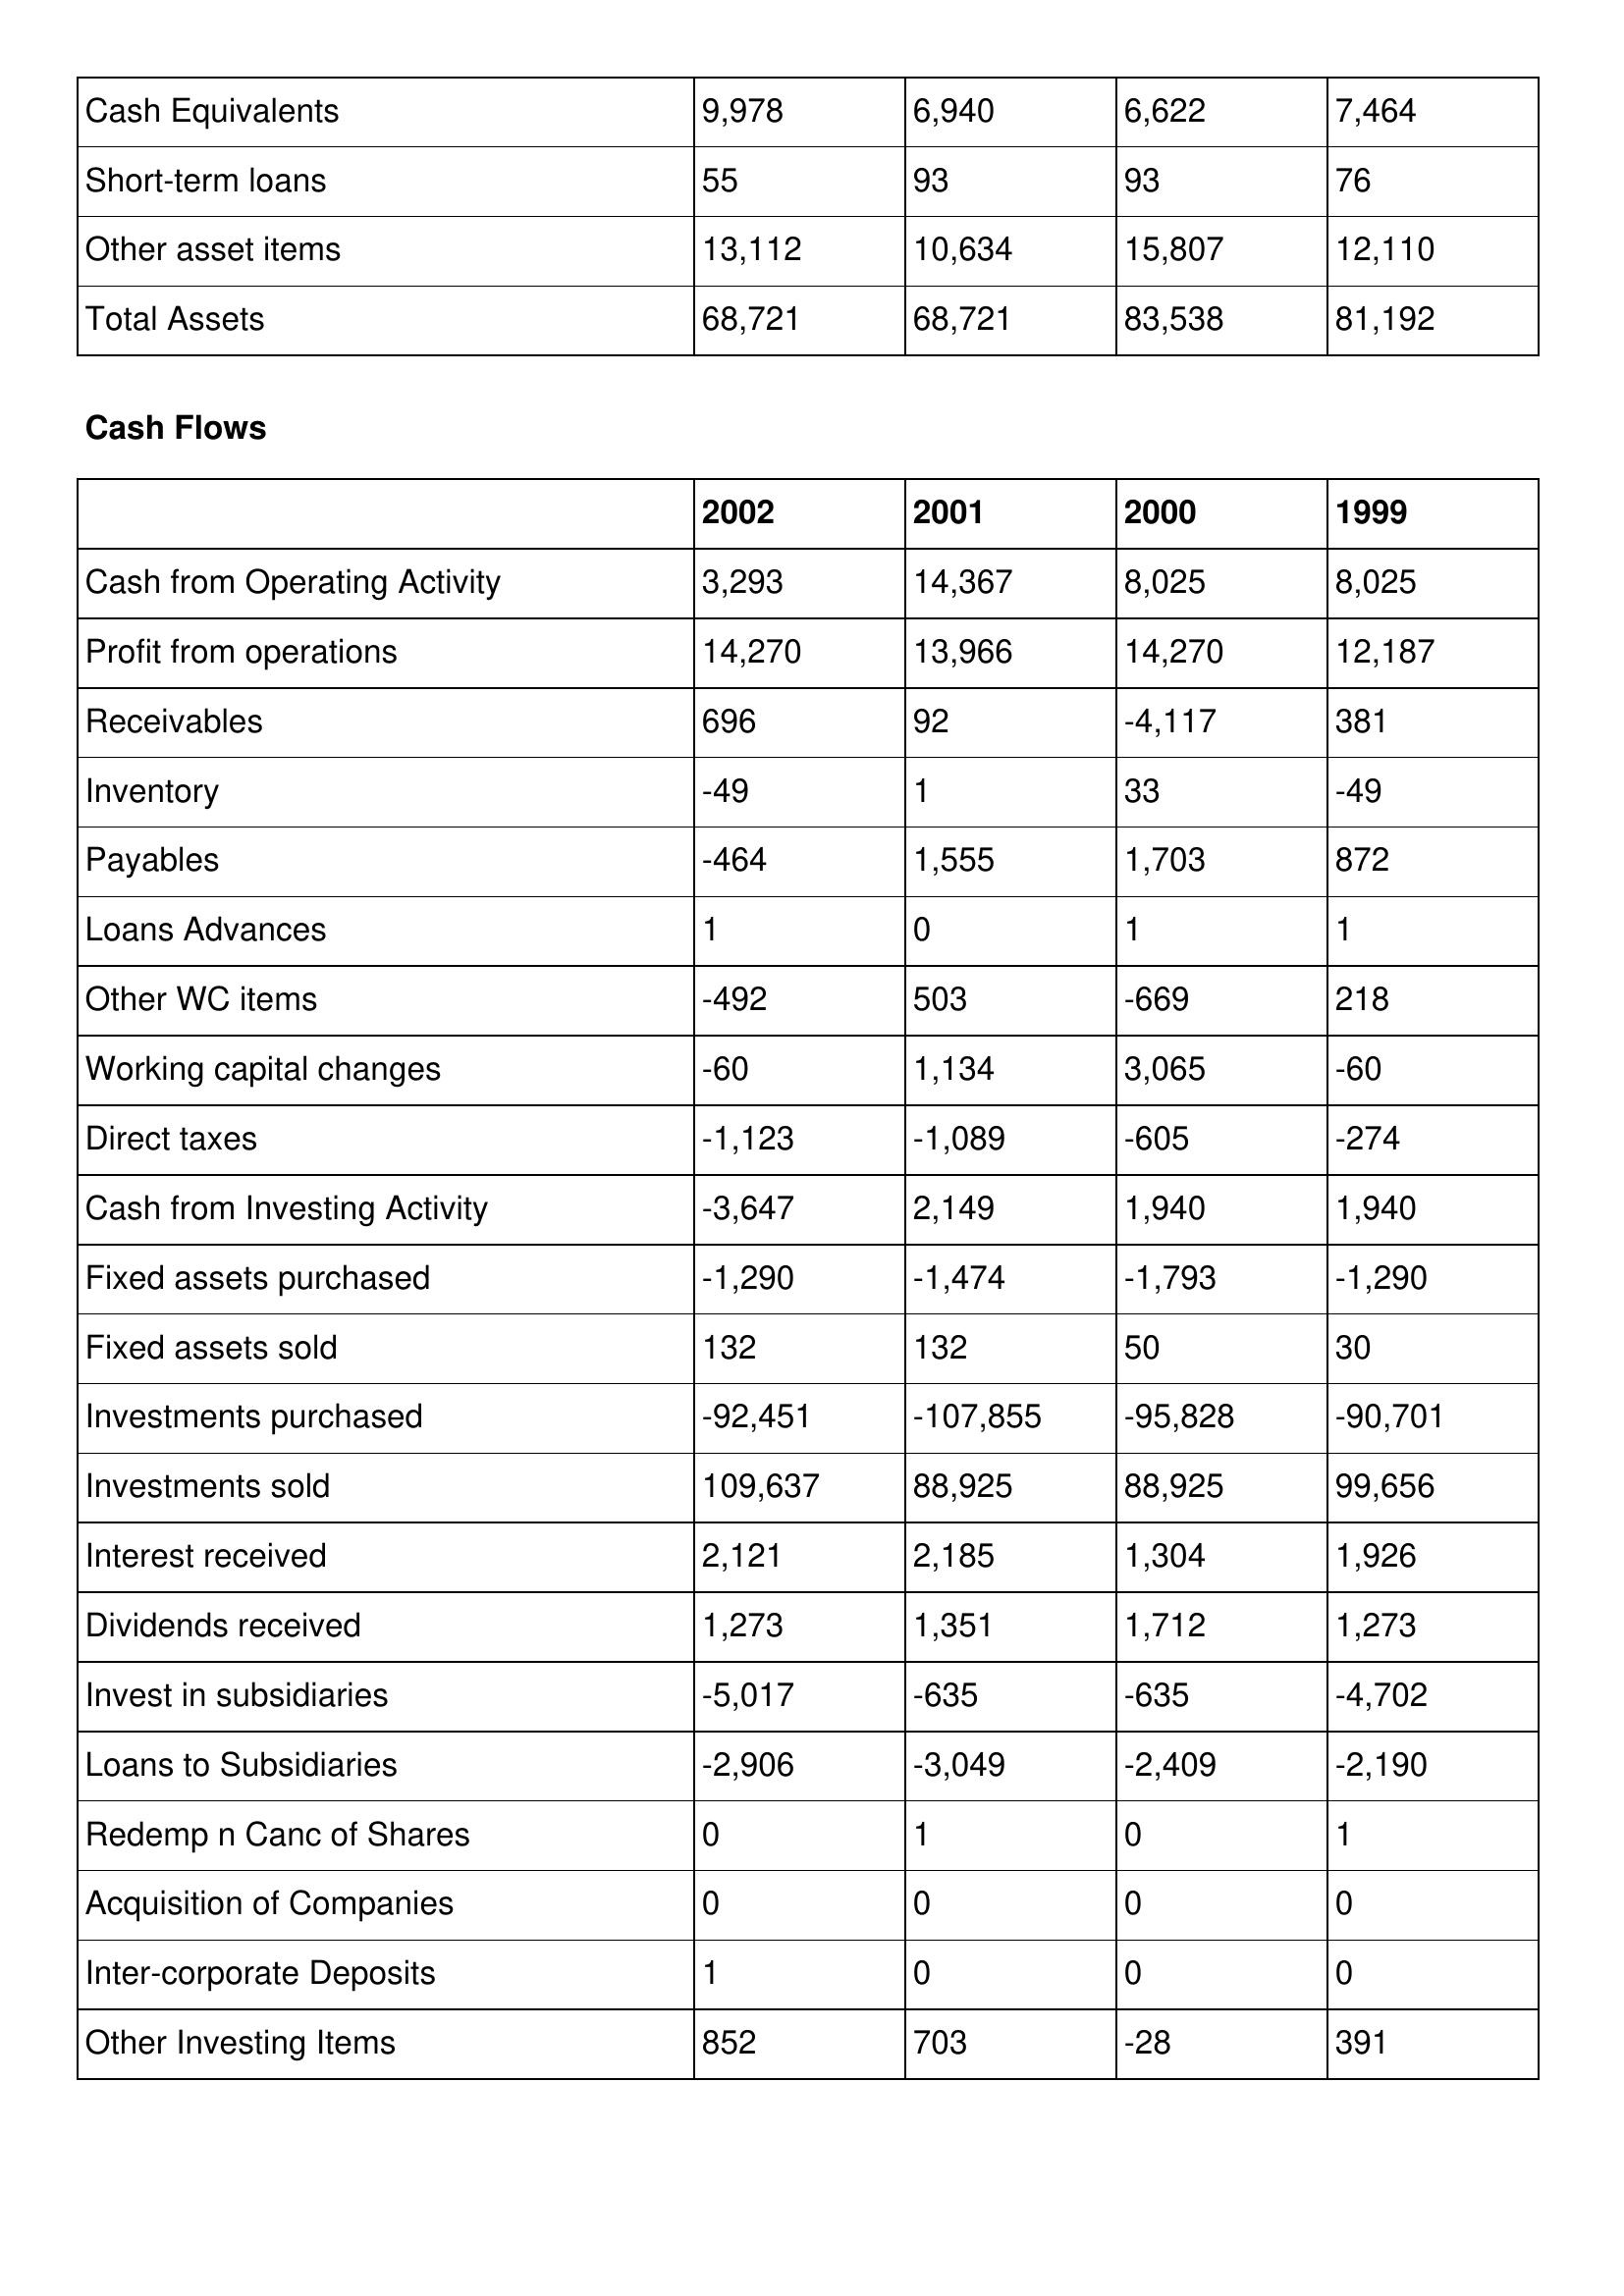
gt_parse: 2002: Balance Sheet: Cash Equivalents: 9,978
Short-term loans: 55
Other asset items: 13,112
Total Assets: 68,721
Cash Flows: Cash from Operating Activity: 3,293
Profit from operations: 14,270
Receivables: 696
Inventory: -49
Payables: -464
Loans Advances: 1
Other WC items: -492
Working capital changes: -60
Direct taxes: -1,123
Cash from Investing Activity: -3,647
Fixed assets purchased: -1,290
Fixed assets sold: 132
Investments purchased: -92,451
Investments sold: 109,637
Interest received: 2,121
Dividends received: 1,273
Invest in subsidiaries: -5,017
Loans to Subsidiaries: -2,906
Redemp n Canc of Shares: 0
Acquisition of Companies: 0
Inter-corporate Deposits: 1
Other Investing Items: 852
2001: Balance Sheet: Cash Equivalents: 6,940
Short-term loans: 93
Other asset items: 10,634
Total Assets: 68,721
Cash Flows: Cash from Operating Activity: 14,367
Profit from operations: 13,966
Receivables: 92
Inventory: 1
Payables: 1,555
Loans Advances: 0
Other WC items: 503
Working capital changes: 1,134
Direct taxes: -1,089
Cash from Investing Activity: 2,149
Fixed assets purchased: -1,474
Fixed assets sold: 132
Investments purchased: -107,855
Investments sold: 88,925
Interest received: 2,185
Dividends received: 1,351
Invest in subsidiaries: -635
Loans to Subsidiaries: -3,049
Redemp n Canc of Shares: 1
Acquisition of Companies: 0
Inter-corporate Deposits: 0
Other Investing Items: 703
2000: Balance Sheet: Cash Equivalents: 6,622
Short-term loans: 93
Other asset items: 15,807
Total Assets: 83,538
Cash Flows: Cash from Operating Activity: 8,025
Profit from operations: 14,270
Receivables: -4,117
Inventory: 33
Payables: 1,703
Loans Advances: 1
Other WC items: -669
Working capital changes: 3,065
Direct taxes: -605
Cash from Investing Activity: 1,940
Fixed assets purchased: -1,793
Fixed assets sold: 50
Investments purchased: -95,828
Investments sold: 88,925
Interest received: 1,304
Dividends received: 1,712
Invest in subsidiaries: -635
Loans to Subsidiaries: -2,409
Redemp n Canc of Shares: 0
Acquisition of Companies: 0
Inter-corporate Deposits: 0
Other Investing Items: -28
1999: Balance Sheet: Cash Equivalents: 7,464
Short-term loans: 76
Other asset items: 12,110
Total Assets: 81,192
Cash Flows: Cash from Operating Activity: 8,025
Profit from operations: 12,187
Receivables: 381
Inventory: -49
Payables: 872
Loans Advances: 1
Other WC items: 218
Working capital changes: -60
Direct taxes: -274
Cash from Investing Activity: 1,940
Fixed assets purchased: -1,290
Fixed assets sold: 30
Investments purchased: -90,701
Investments sold: 99,656
Interest received: 1,926
Dividends received: 1,273
Invest in subsidiaries: -4,702
Loans to Subsidiaries: -2,190
Redemp n Canc of Shares: 1
Acquisition of Companies: 0
Inter-corporate Deposits: 0
Other Investing Items: 391